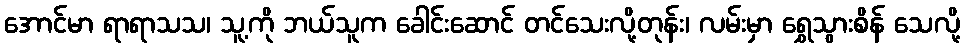
အောင်မာ ရာရာသသ၊ သူ့ကို ဘယ်သူက ခေါင်းဆောင် တင်သေးလို့တုန်း၊ လမ်းမှာ ရွှေသွားစိန် သေလို့